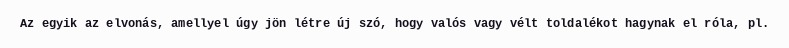
Az egyik az elvonás, amellyel úgy jön létre új szó, hogy valós vagy vélt toldalékot hagynak el róla, pl.